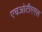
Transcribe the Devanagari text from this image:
एचओटीएएस